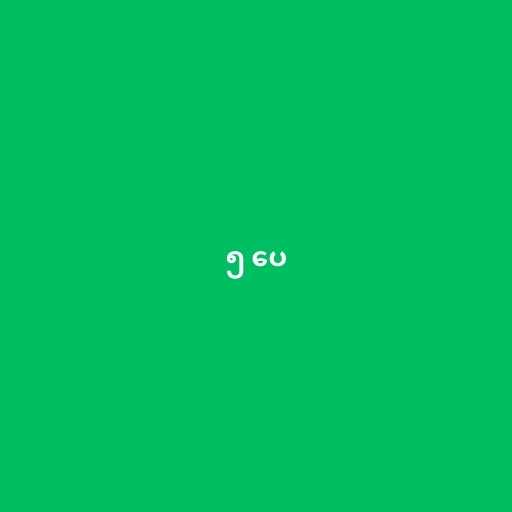
၅ ပေ